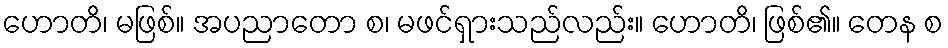
ဟောတိ၊ မဖြစ်။ အပညာတော စ၊ မဖင်ရှားသည်လည်း။ ဟောတိ၊ ဖြစ်၏။ တေန စ